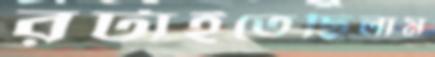
রটাইতেছিলাম